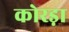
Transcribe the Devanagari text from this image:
कोरड़ा